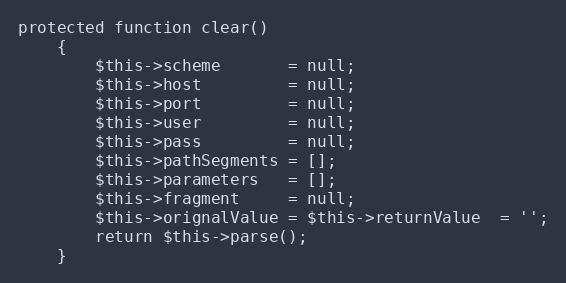
Language: PHP
protected function clear()
    {
        $this->scheme       = null;
        $this->host         = null;
        $this->port         = null;
        $this->user         = null;
        $this->pass         = null;
        $this->pathSegments = [];
        $this->parameters   = [];
        $this->fragment     = null;
        $this->orignalValue = $this->returnValue  = '';
        return $this->parse();
    }